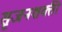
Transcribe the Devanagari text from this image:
सृजनशक्ती